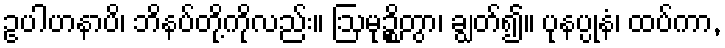
ဥပါဟနာပိ၊ ဘိနပ်တို့ကိုလည်း။ ဩမုဉ္စိတွာ၊ ချွတ်၍။ ပုနပ္ပုနံ၊ ထပ်ကာ,